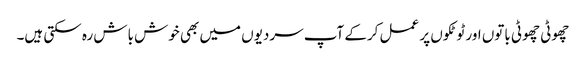
چھوٹی چھوٹی باتوں اور ٹوٹکوں پر عمل کرکے آپ سردیوں میں بھی خوش باش رہ سکتی ہیں۔